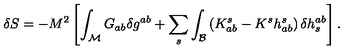
\delta S = - M ^ { 2 } \left[ \int _ { \mathcal M } G _ { a b } \delta g ^ { a b } + \sum _ { s } \int _ { \mathcal B } \left( K _ { a b } ^ { s } - K ^ { s } h _ { a b } ^ { s } \right) \delta h _ { s } ^ { a b } \right] .